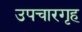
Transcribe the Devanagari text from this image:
उपचारगृह